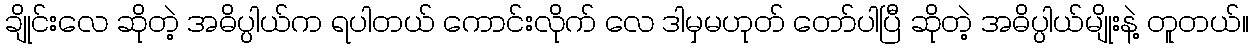
ချိုင်းလေ ဆိုတဲ့ အဓိပ္ပါယ်က ရပါတယ် ကောင်းလိုက် လေ ဒါမှမဟုတ် တော်ပါပြီ ဆိုတဲ့ အဓိပ္ပါယ်မျိုးနဲ့ တူတယ်။